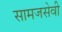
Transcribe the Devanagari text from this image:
सामजसेवी